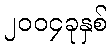
၂၀၀၄ခုနှစ်